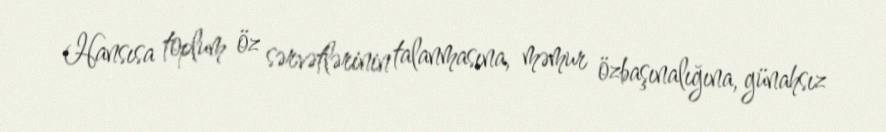
Hansısa toplum öz sərvətlərinin talanmasına, məmur özbaşınalığına, günahsız